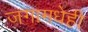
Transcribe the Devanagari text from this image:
जगामधेही